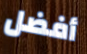
أفضل